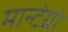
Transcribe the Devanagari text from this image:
मान्टेग्रो